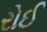
રોઈ